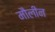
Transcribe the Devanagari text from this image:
मौलीन